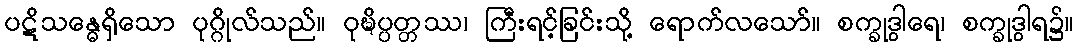
ပဋိသန္ဓေရှိသော ပုဂ္ဂိုလ်သည်။ ဝုဍ္ဎိပ္ပတ္တဿ၊ ကြီးရင့်ခြင်းသို့ ရောက်လသော်။ စက္ခုဒွါရေ၊ စက္ခုဒွါရ၌။